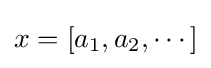
x=[a_{1},a_{2},\cdots ]